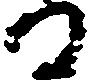
日